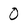
Character: 0